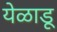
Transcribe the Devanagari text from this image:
येळाडू